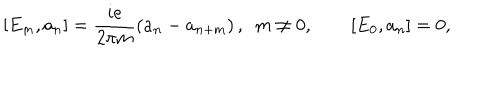
[ E _ { m } , a _ { n } ] = \frac { i e } { 2 \pi m } \left( a _ { n } - a _ { n + m } \right) , \ \ m \neq 0 , \qquad [ E _ { 0 } , a _ { n } ] = 0 ,